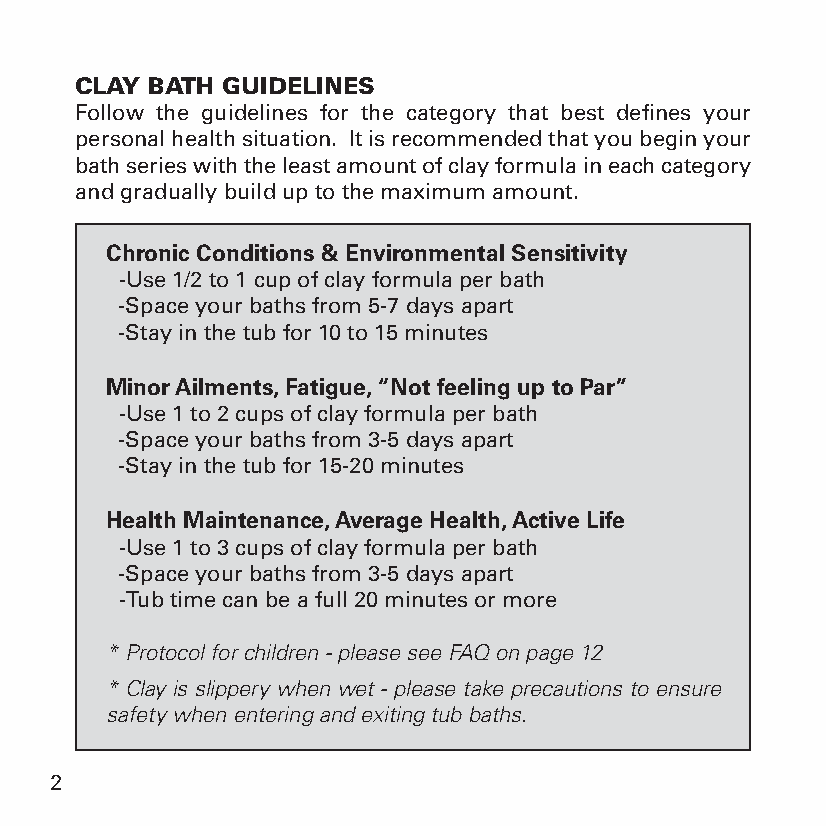
CLAY BATH GUIDELINES
 Follow the guidelines for the category that best defines your
 personal health situation. It is recommended that you begin your
 bath series with the least amount of clay formula in each category
 and gradually build up to the maximum amount.
 Chronic Conditions & Environmental Sensitivity
 -Use 1/2 to 1 cup of clay formula per bath
 -Space your baths from 5-7 days apart
 -Stay in the tub for 10 to 15 minutes
 Minor Ailments, Fatigue, “Not feeling up to Par”
 -Use 1 to 2 cups of clay formula per bath
 -Space your baths from 3-5 days apart
 -Stay in the tub for 15-20 minutes
 Health Maintenance, Average Health, Active Life
 -Use 1 to 3 cups of clay formula per bath
 -Space your baths from 3-5 days apart
 -Tub time can be a full 20 minutes or more
 * Protocol for children - please see FAQ on page 12
 * Clay is slippery when wet - please take precautions to ensure
 safety when entering and exiting tub baths.
 2